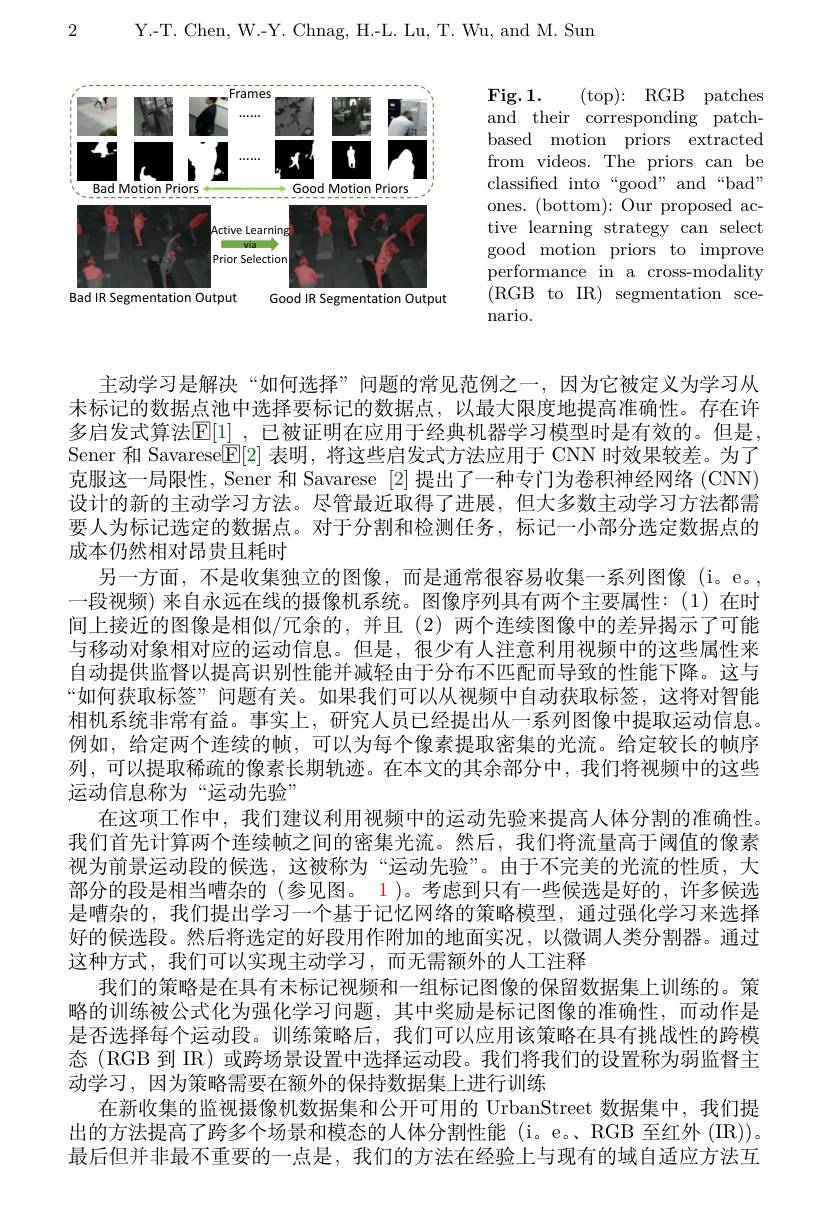
2

Y.-T. Chen, W.-Y. Chnag, H.-L. Lu, T. Wu, and M. Sun

<FigureHere>
Bad IR Segmentation Output
Good IR Segmentation Output

${\mathrm{Fig. 1. }}$ ${\mathrm{( top) : }}$ ${\mathrm{RGB}}$ ${\mathrm{patches}}$ and their corresponding patchbased motion priors extracted from videos. The priors can be classified into“good”and“bad” ones. (bottom): Our proposed active learning strategy can select good motion priors to improve performance in a cross-modality ( RGB to IR) segmentation sce- nario.

主动学习是解决“如何选择”问题的常见范例之一，因为它被定义为学习从未标记的数据点池中选择要标记的数据点，以最大限度地提高准确性。存在许多启发式算法$\mathbb{E}[1]$ ,已被证明在应用于经典机器学习模型时是有效的。但是Sener 和 Savarese$\underline{\mathbb{E}}[2]$表明，将这些启发式方法应用于 CNN 时效果较差。为了克服这一局限性，Sener 和 Savarese [2]提出了一种专门为卷积神经网络 (CNN) 设计的新的主动学习方法。尽管最近取得了进展，但大多数主动学习方法都需要人为标记选定的数据点。对于分割和检测任务，标记一小部分选定数据点的成本仍然相对昂贵且耗时
另一方面，不是收集独立的图像，而是通常很容易收集一系列图像(i。e。, 一段视频) 来自永远在线的摄像机系统。图像序列具有两个主要属性：(1)在时间上接近的图像是相似/冗余的，并且(2)两个连续图像中的差异揭示了可能与移动对象相对应的运动信息。但是，很少有人注意利用视频中的这些属性来自动提供监督以提高识别性能并减轻由于分布不匹配而导致的性能下降。这与“如何获取标签”问题有关。如果我们可以从视频中自动获取标签，这将对智能相机系统非常有益。事实上，研究人员已经提出从一系列图像中提取运动信息。例如，给定两个连续的帧，可以为每个像素提取密集的光流。给定较长的帧序列，可以提取稀疏的像素长期轨迹。在本文的其余部分中，我们将视频中的这些运动信息称为“运动先验”
在这项工作中，我们建议利用视频中的运动先验来提高人体分割的准确性。我们首先计算两个连续帧之间的密集光流。然后，我们将流量高于阈值的像素视为前景运动段的候选，这被称为“运动先验”。由于不完美的光流的性质，大部分的段是相当嘈杂的(参见图。1)。考虑到只有一些候选是好的，许多候选是嘈杂的，我们提出学习一个基于记忆网络的策略模型，通过强化学习来选择好的候选段。然后将选定的好段用作附加的地面实况，以微调人类分割器。通过这种方式，我们可以实现主动学习，而无需额外的人工注释
我们的策略是在具有未标记视频和一组标记图像的保留数据集上训练的。策略的训练被公式化为强化学习问题，其中奖励是标记图像的准确性，而动作是是否选择每个运动段。训练策略后，我们可以应用该策略在具有挑战性的跨模态(RGB 到 IR) 或跨场景设置中选择运动段。我们将我们的设置称为弱监督主动学习，因为策略需要在额外的保持数据集上进行训练
在新收集的监视摄像机数据集和公开可用的 UrbanStreet 数据集中，我们提出的方法提高了跨多个场景和模态的人体分割性能(i。e。RGB 至红外(IR))。最后但并非最不重要的一点是，我们的方法在经验上与现有的域自适应方法互